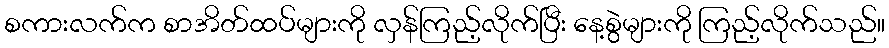
စကားလက်က စာအိတ်ထပ်များကို လှန်ကြည့်လိုက်ပြီး နေ့စွဲများကို ကြည့်လိုက်သည်။